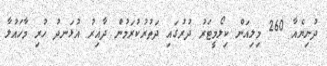
ދުނިޔެއާ 260 މިލިއަން ކިލޯމީޓަރު ދުރުގައި ދަތުރުކުރަމުން ދާއިރު އުޅަނދު ހުރި މާހައުލާ